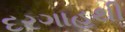
દરગાહથી